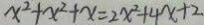
x ^ { 2 } + x ^ { 2 } + x = 2 x ^ { 2 } + 4 x + 2 .